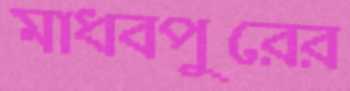
মাধবপুরের